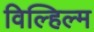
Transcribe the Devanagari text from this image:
विल्हिल्म